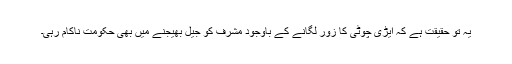
یہ تو حقیقت ہے کہ ایڑی چوٹی کا زور لگانے کے باوجود مشرف کو جیل بھیجنے میں بھی حکومت ناکام رہی۔